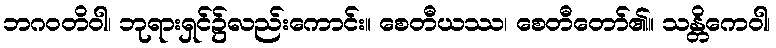
ဘဂဝတိဝါ၊ ဘုရားရှင်၌လည်းကောင်း။ စေတီယဿ၊ စေတီတော်၏။ သန္တိကေဝါ၊